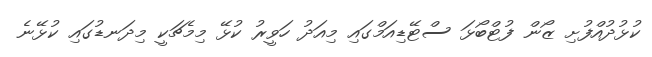
ކުޅުދުއްފުށި ޒޯން ފުޓްބޯޅަ ސްޓޭޑިއަމްގައި މިއަދު ހަވީރު ކުޅޭ މިމެޗަކީ މިދަނޑުގައި ކުޅޭނެ